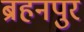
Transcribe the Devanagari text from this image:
ब्रहनपुर